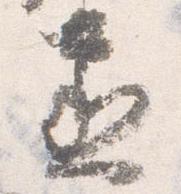
丞